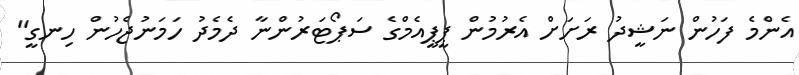
އެންމެ ފަހުން ނަޝީދު ރަށަށް އެރުމުން ޕީޕީއެމްގެ ސަޕޯޓަރުންނާ ދެމެދު ހަމަނުޖެހުން ހިނގީ"